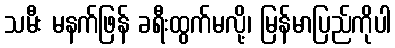
သမီး မနက်ဖြန် ခရီးထွက်မလို့၊ မြန်မာပြည်ကိုပါ